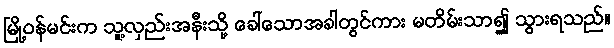
မြို့ဝန်မင်းက သူ့လှည်းအနီးသို့ ခေါ်သောအခါတွင်ကား မတိမ်းသာ၍ သွားရသည်။